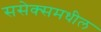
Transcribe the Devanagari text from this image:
ससेक्समधील